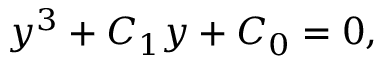
y ^ { 3 } + C _ { 1 } y + C _ { 0 } = 0 ,